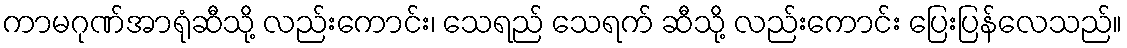
ကာမဂုဏ်အာရုံဆီသို့ လည်းကောင်း၊ သေရည် သေရက် ဆီသို့ လည်းကောင်း ပြေးပြန်လေသည်။